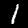
Label: 1